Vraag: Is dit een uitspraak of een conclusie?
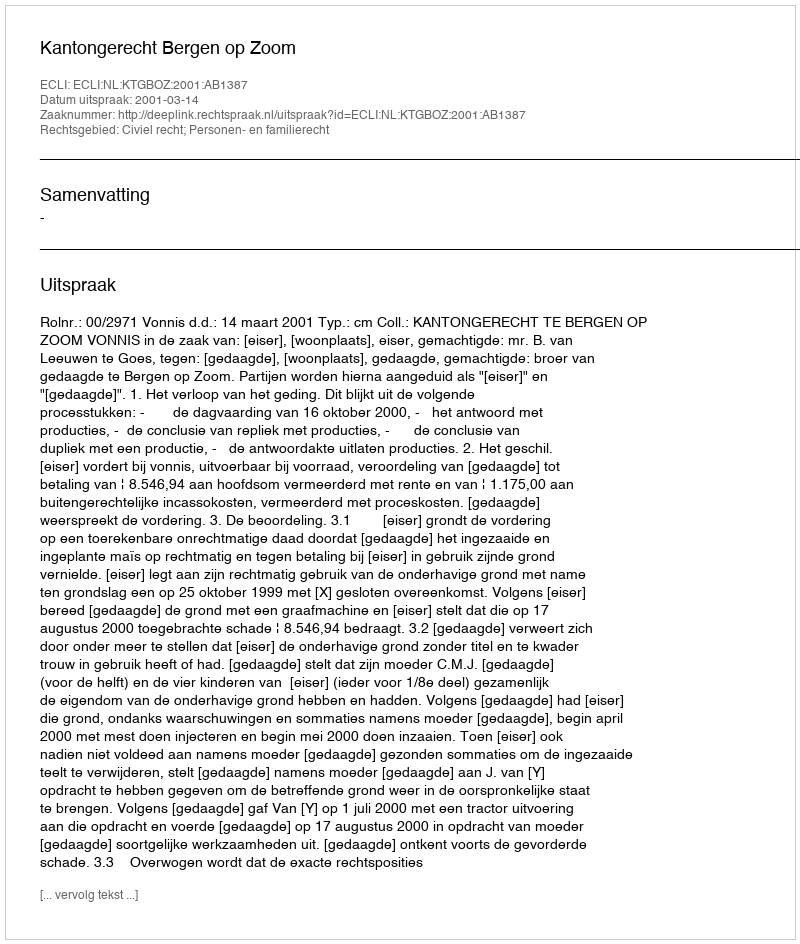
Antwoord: Uitspraak